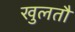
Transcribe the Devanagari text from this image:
खुलतौ